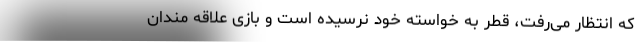
که انتظار می‌رفت، قطر به خواسته خود نرسیده است و بازی علاقه مندان